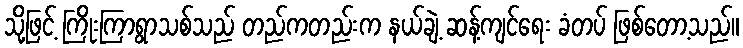
သို့ဖြင့် ကြိုးကြာရွာသစ်သည် တည်ကတည်းက နယ်ချဲ့ ဆန့်ကျင်ရေး ခံတပ် ဖြစ်တော့သည်။